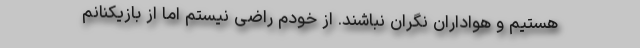
هستیم و هواداران نگران نباشند. از خودم راضی نیستم اما از بازیکنانم